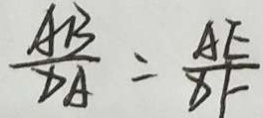
\frac { A B } { D A } = \frac { A E } { D F }